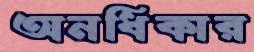
অনধিকার